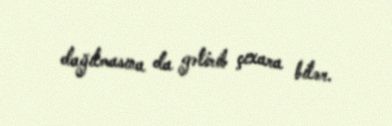
dağılmasına da gətirib çıxara bilər.